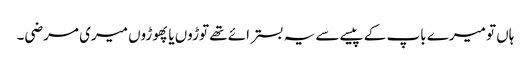
ہاں تو میرے باپ کے پیسے سے یہ بستر ائے تھے توڑوں یا پھوڑوں میری مرضی۔